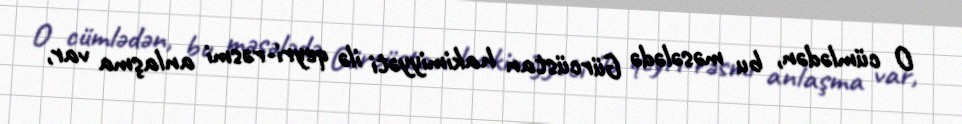
O cümlədən, bu məsələdə Gürcüstan hakimiyyəti ilə qeyri-rəsmi anlaşma var,